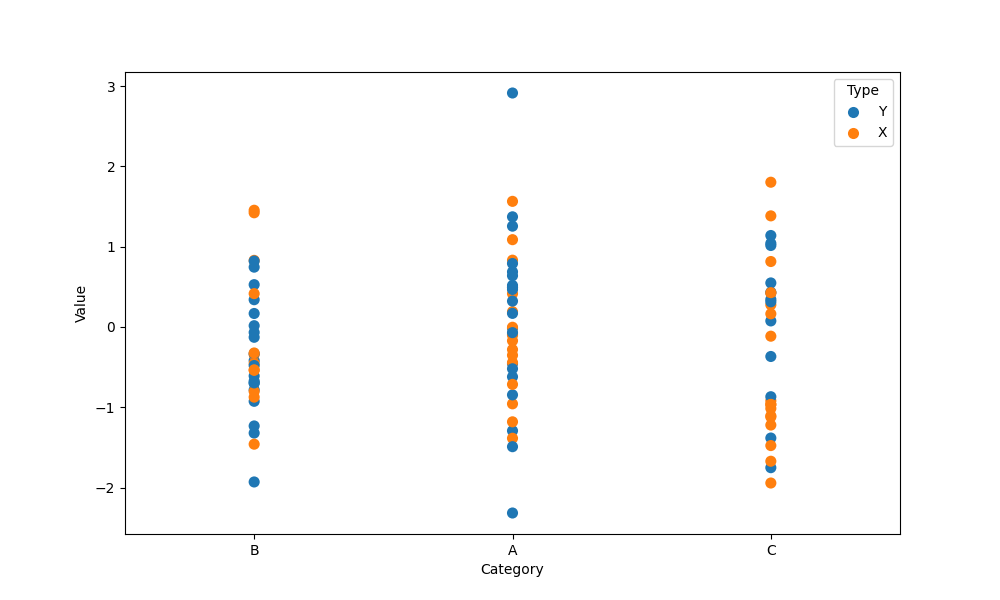
python, seaborn, stripplot, jitter=False, dodge=False, alpha=1.0, size=8